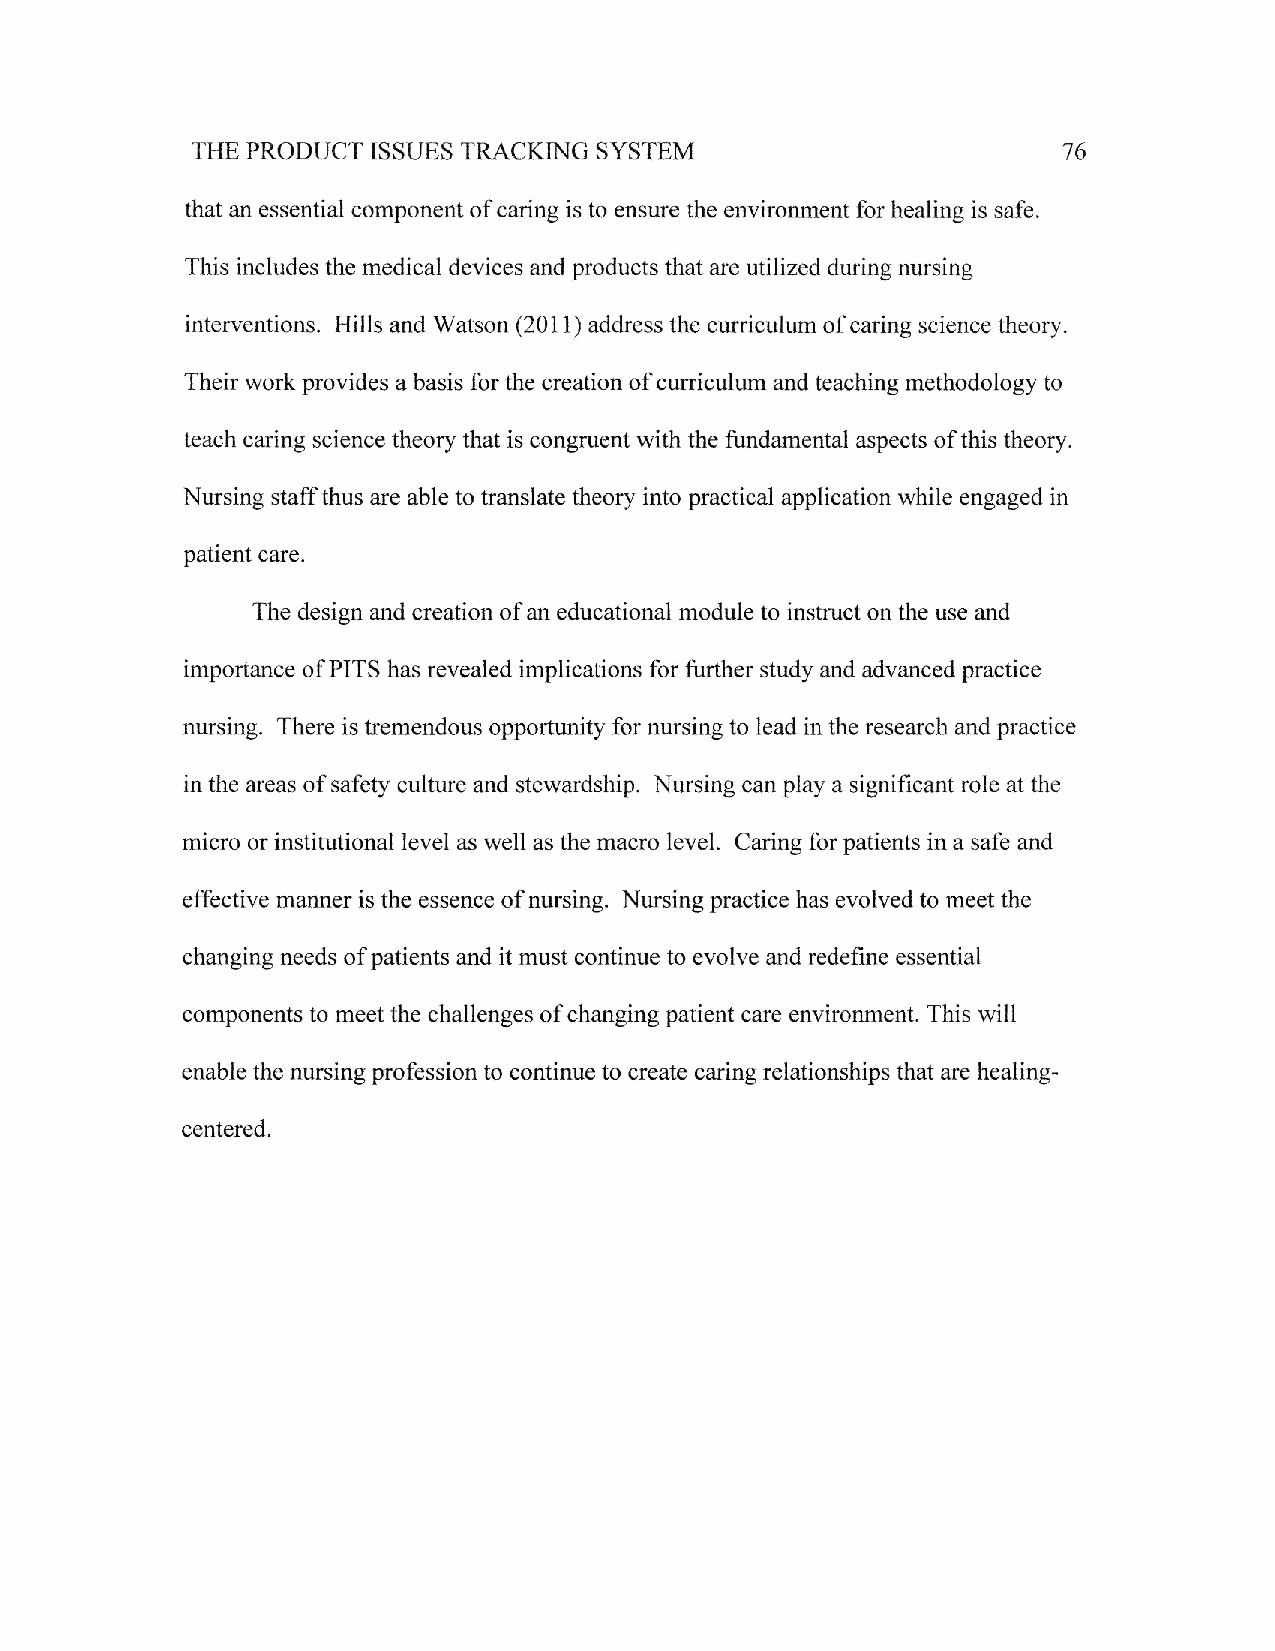
SYSTEM
 THE PRODTJCT ISSUES TRACKING                             76
 that an essential component of caring is to ensure the environment for healing is safe.
 This includes the medical devices and products that are utilized during nursing
 interventions. Hills and Watson (2011) address the curriculum of caring science theory.
 Their work provides a basis for the creation of curriculum and teaching methodology to
 teach caring science theory that is congnrent with the fundamental aspects of this theory.
 Nursing staff thus are able to translate theory into practical application while engaged in
 patient care.
 The design and creation of an educational module to instruct on the use and
 importance of PITS has revealed implications for funher study and advanced practice
 nursing. There is tremendous opportunity for nursing to lead in the research and practice
 in the areas of safety culture and stewardship. Nursing can play a significant role at the
 micro or institutional level as well as the macro level. Caring for patients in a safb and
 effective manner is the essence of nursing. Nursing practice has evolved to meet the
 changing needs of patients and it must continue to evolve and redefine essential
 components to meet the challenges of changing patient care environment. This will
 enable the nursing profession to continue to create caring relationships that are healing-
 centered.